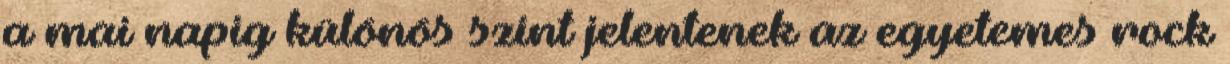
a mai napig különös színt jelentenek az egyetemes rock